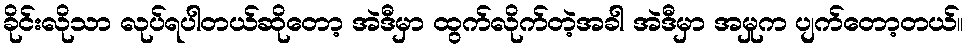
ခိုင်းလိုသာ လုပ်ရပါတယ်ဆိုတော့ အဲဒီမှာ ထွက်လိုက်တဲ့အခါ အဲဒီမှာ အမှုက ပျက်တော့တယ်။